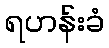
ရဟန်းခံ